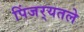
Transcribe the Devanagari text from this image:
पिंजर्‍यतले